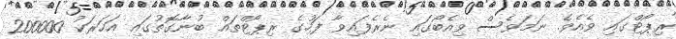
ރިޕޯޓްގައި ވެއެވެ. ނަމަވެސް ވިއެބޯގައި ނެރެފައިވާ ފަހުގެ ރިޕޯޓްތައް ބުނާގޮތުގައި އަހަރަކު 200000